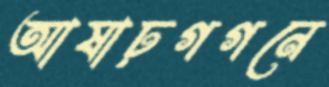
আষাঢ়গগনে